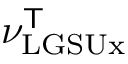
\nu _ { \mathrm { L G S U x } } ^ { \mathsf { T } }